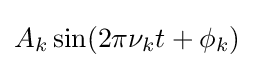
A_{k}\sin(2\pi \nu _{k}t+\phi _{k})